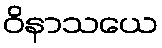
ဝိနာသယေ